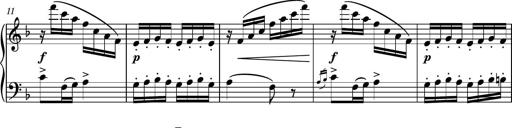
Title: Piano Sonatina No.8
Composer: Dimitri Sykias
Key: F major